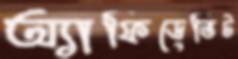
অ্যাফিডেভিট